Lunatic asylums Madras 1892-1911 - 1892-1911
Year: 1892
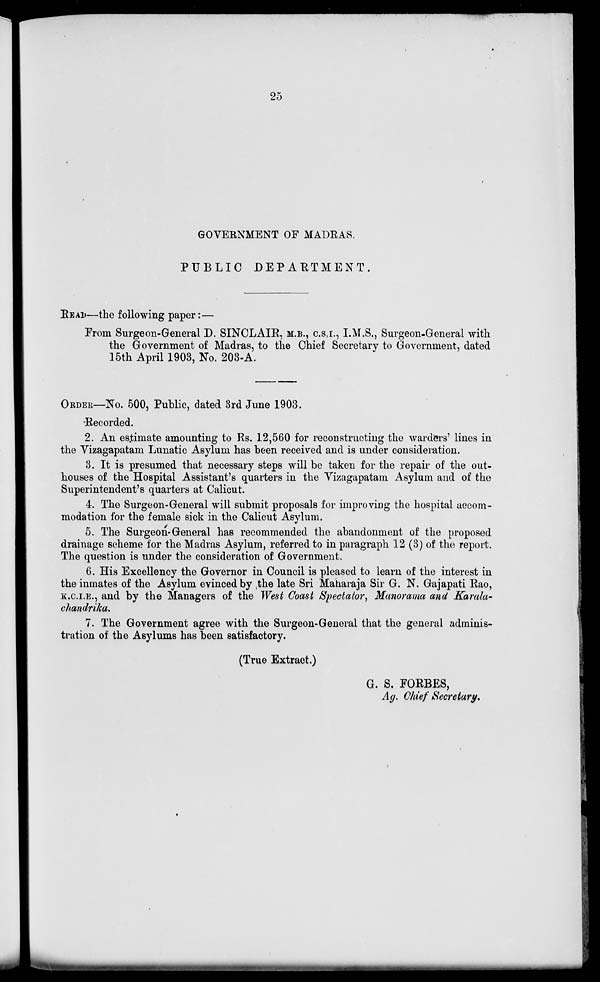
25
GOVERNMENT OF MADRAS.
PUBLIC DEPARTMENT
REAU—the following paper:—
From Surgeon-General D. SINCLAIR, M.B., C.SJ., I.M.S., Surgeon-General with
the Government of Madras, to the Chief Secretarv to Government, dated
15th April 1903, No. 203-A.
OEDEII—No. 500, Public, dated 3rd June 1903.
Recorded.
2. An estimate amounting to Rs. 12,560 for reconstructing the warders' lines in
the Vizagapatam Lunatic Asylum has been received and is under consideration.
3. It is presumed that necessary steps will be taken for the repair of the out-
houses of the Hospital Assistant's quarters in the Vizagapatam Asylum and of the
Superintendent's quarters at Calicut.
4. The Surgeon-General will submit proposals for improving the hospital accom-
modation for the female sick in the Calicut Asylum.
5. The Surgeon-General has recommended the abandonment of the proposed
drainage scheme for the Madras Asylum, referred to in paragraph 12 (3) of the report.
The question is under the consideration of Government.
6. His Excellency the Governor in Council is pleased to learn of the interest in
the inmates of the Asylum evinced by ,the late Sri Maharaja Sir G. N. Gajapati Rao,
K.C.I.E., and by the Managers of the West Coast Spectator, Manorama and Karala-
chandrika.
7. The Government agree with the Surgeon-General that the general adminis-
tration of the Asylums has been satisfactory.
(True Extract.)
G. S. FORBES,
Ag. Chief Secretary.